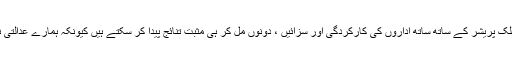
اس پر رضا رومی کہتے ہیں کہ پبلک پریشر کے ساتھ ساتھ اداروں کی کارکردگی اور سزائیں ، دونوں مل کر ہی مْثبت تنائج پیدا کر سکتے ہیں کیونکہ ہمارے عدالتی نظام میں اصلاح کی ضرورت ہے۔